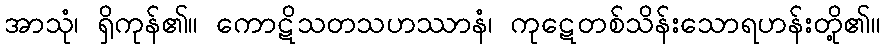
အာသုံ၊ ရှိကုန်၏။ ကောဋိသတသဟဿာနံ၊ ကုဋေတစ်သိန်းသောရဟန်းတို့၏။